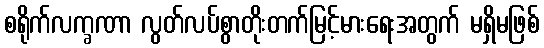
စရိုက်လက္ခဏာ လွတ်လပ်စွာတိုးတက်မြင့်မားရေးအတွက် မရှိမဖြစ်